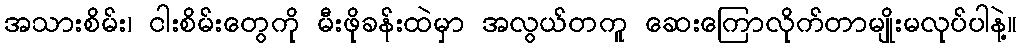
အသားစိမ်း၊ ငါးစိမ်းတွေကို မီးဖိုခန်းထဲမှာ အလွယ်တကူ ဆေးကြောလိုက်တာမျိုးမလုပ်ပါနဲ့။